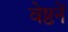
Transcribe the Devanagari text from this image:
वेष्ठनें